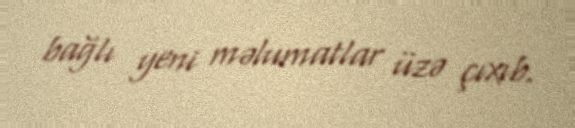
bağlı yeni məlumatlar üzə çıxıb.